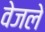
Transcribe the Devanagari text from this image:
वेजले